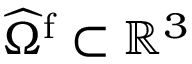
\widehat { \Omega } ^ { \mathrm { f } } \subset \mathbb { R } ^ { 3 }